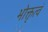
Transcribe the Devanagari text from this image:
भोक्तृत्वं